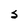
Character: S